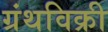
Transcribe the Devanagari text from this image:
ग्रंथविक्री